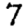
Digit: 7